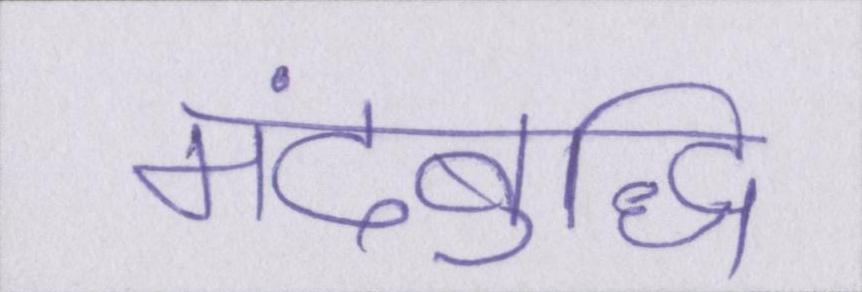
मंदबुद्धि